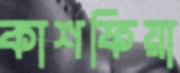
কাশফিয়া